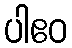
ပါဧဝ